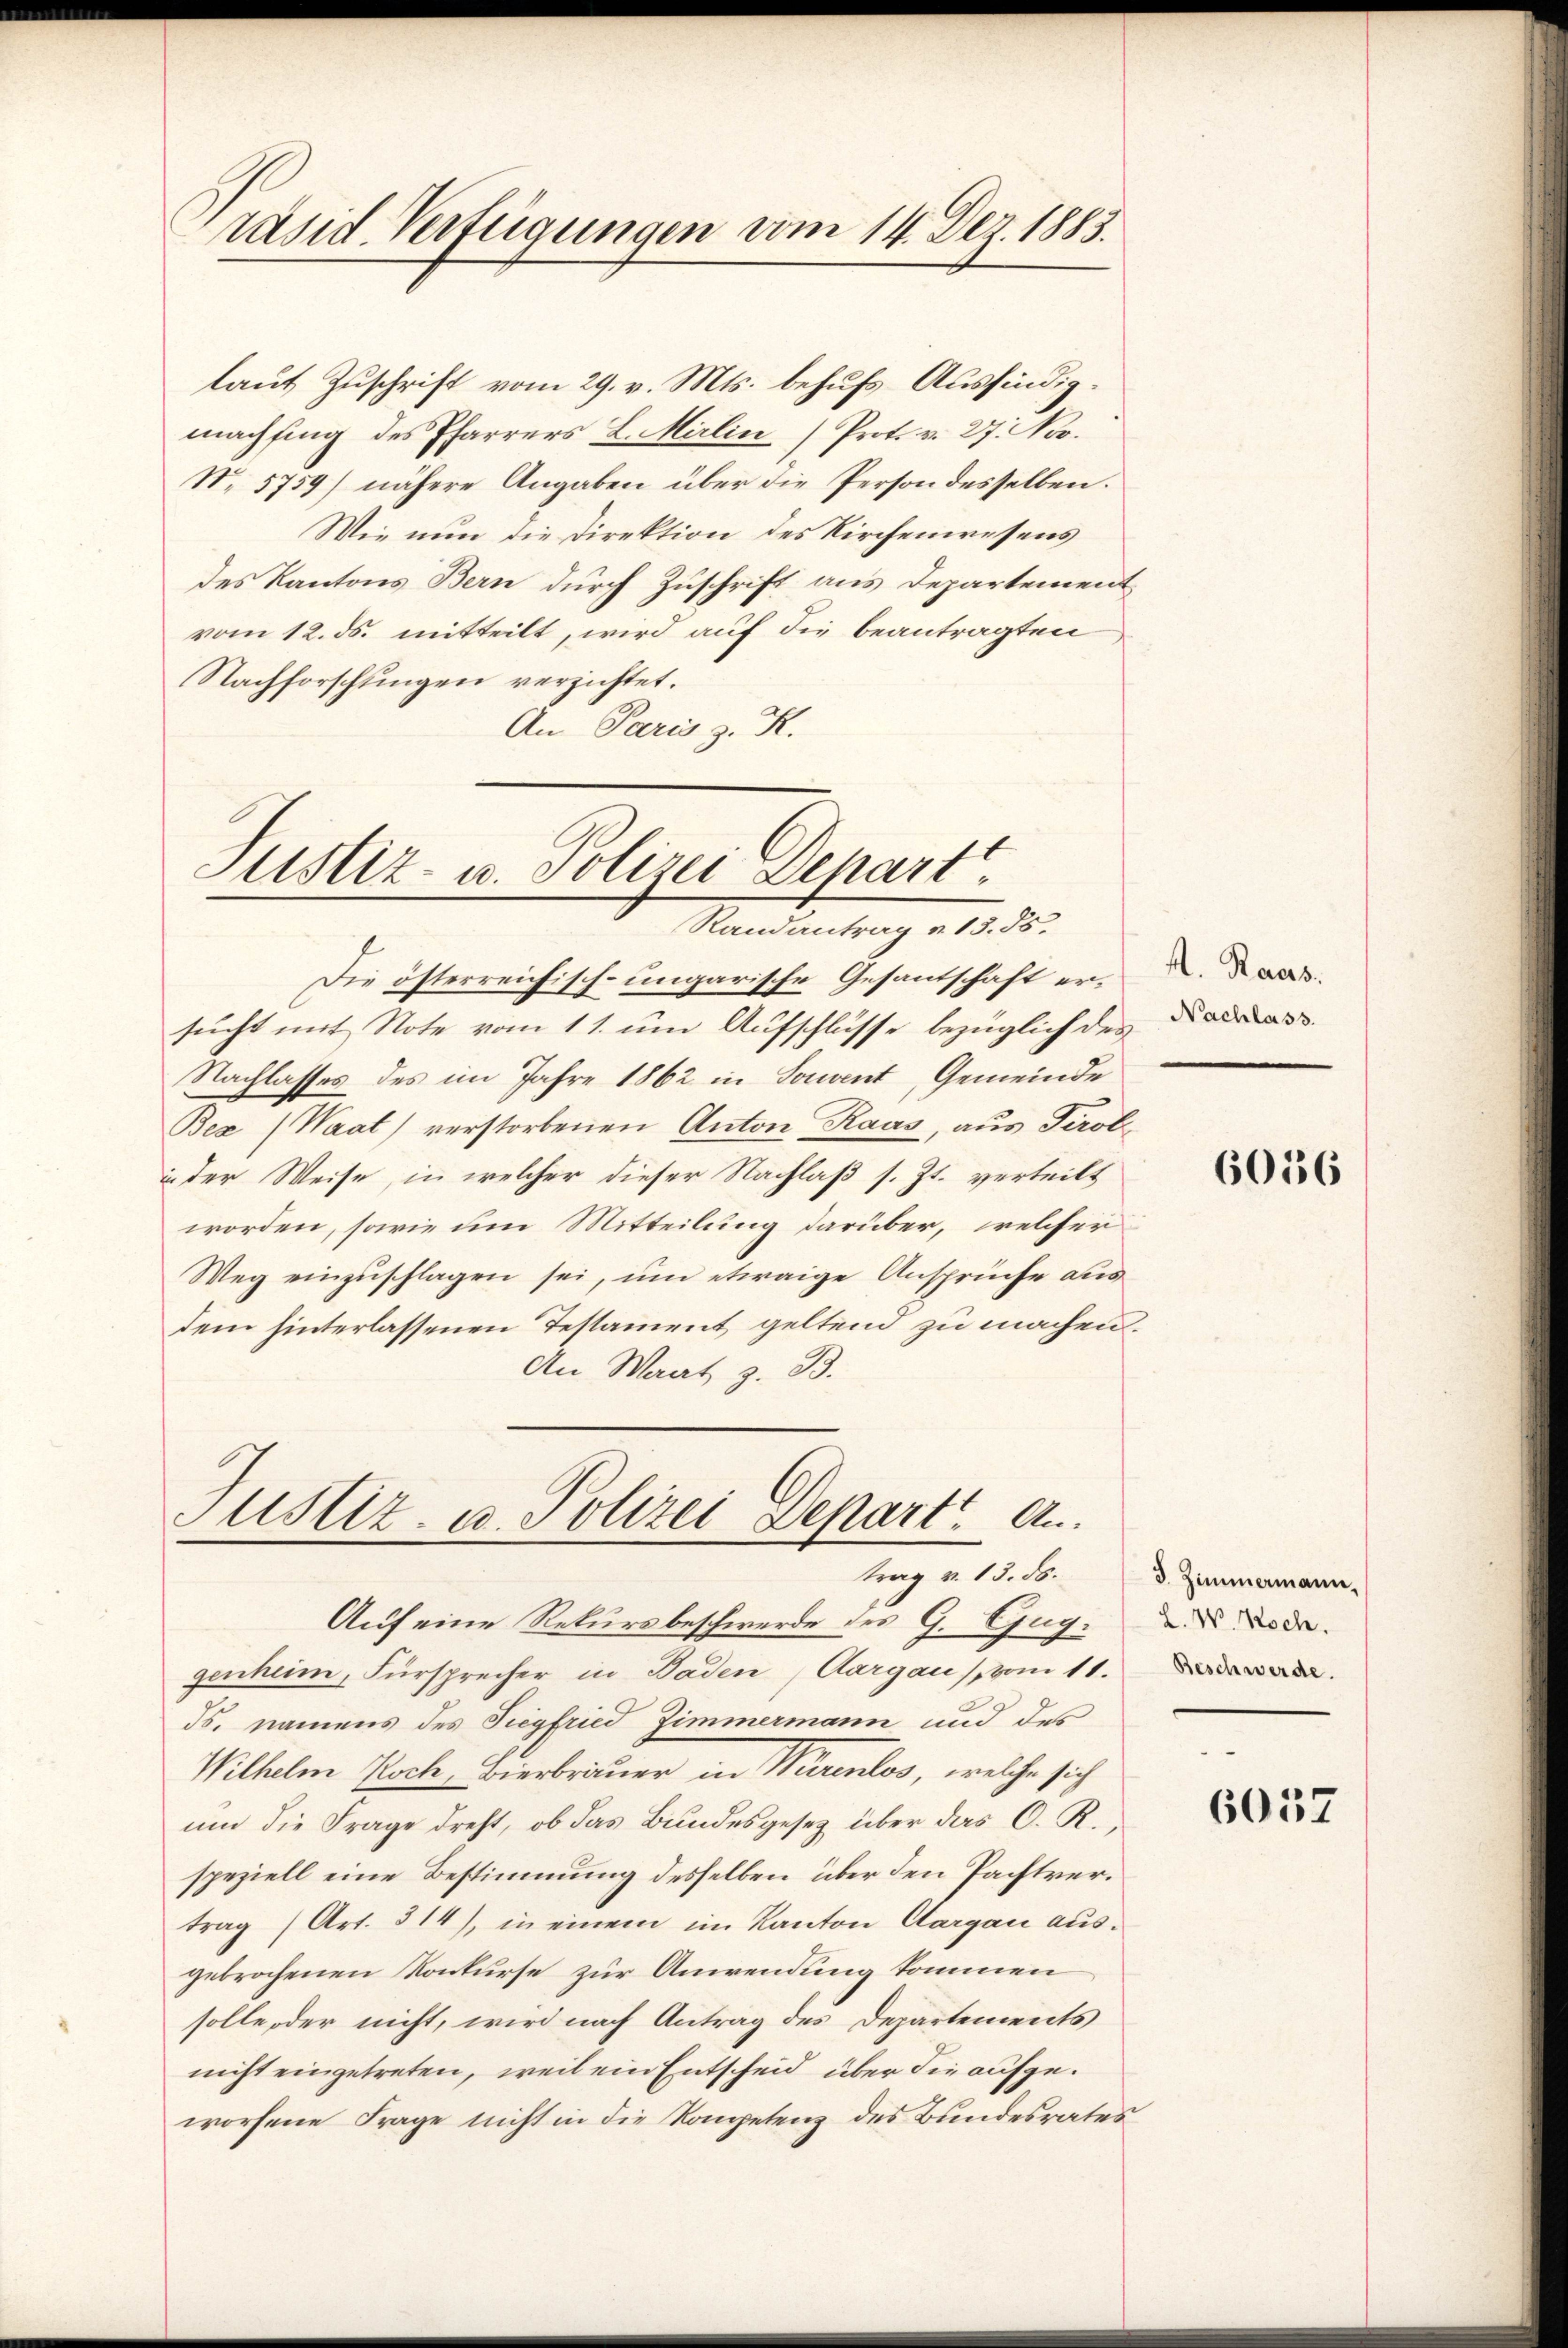
räsid. Verfügungen vom 14. Dez. 1883.

laut Zuschrift vom 29. v. Mts. behufs Ausfindigmachsing des Pfarrers L. Mirlin (Prot. v. 27. Nov.
No 5759) nähere Angaben über die Person desselben.
Wie nun die Direktion des Kirchenwesens
des Kantons Bern durch Zuschrift aus Departement
vom 12. ds. mitteilt, wird auf die beantragten
Nachforschungen verzichtet.
An Paris z. R.

Justiz- u. Polizei Depart.
Randantrag u. 13. ds.

JusAz. u. Polizei Depart. An
trag v. 18. N. 3. Zimmenann-

Die österreichisch-ungarische Gesantschaft ersucht mit Note vom 11. um Aufschlüsse bezüglich des
Nachlasses des im Jahre 1862 in Souvent, Gemeinde
Bez (Waat) verstorbenen Anton Raas, aus Tirolin der Weise, in welcher dieser Nachlaß s. Zt. verteilt
worden, sowie um Mitteilung darüber, welcher
Weg einzuschlagen sei, um etwaige Ansprüche aus
dem hinterlassenen Testament geltend zu machen.
An Maat, z. B.

Auf eine Rekursbeschwerde des G. Guggenheim, Fürsprecher in Baden, Aargau (vom 11.
ds. namens des Siegfried Zimmermann und des
Wilhelm Koch, Bierbrauer in Würenlos, welche sich
um die Frage dreht, ob das Bundesgesetz über das O. R.,
speziell eine Bestimmung desselben über den Pachtvertrag (Art. 314), in einem im Kanton Aargau ausgebrochenen Konkurse zur Anwendung kommen
solle oder nicht, wird nach Antrag des Departements
nicht eingetreten, weil ein Entscheid über die aufgeworfene Frage nicht in die Kompetenz des Bundesrates

A. Raars.

6056

L. W. Noch.

6057